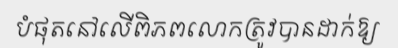
បំផុតនៅលើពិភពលោកត្រូវបានដាក់ឱ្យ